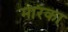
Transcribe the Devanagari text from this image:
मारका